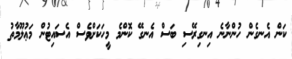
ކަން އެނގެން ހުންނާނެ އިނގިރޭސި ބަސް އެނގޭ ކޮންމެ މީހަކަށްވެސް އެސައިޓުން މަޢުލޫމާތު